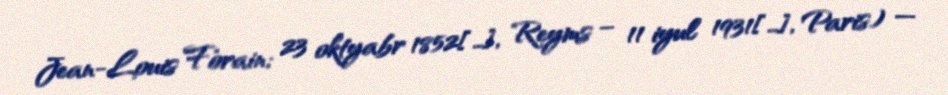
Jean-Louis Forain; 23 oktyabr 1852[…], Reyms – 11 iyul 1931[…], Paris) —